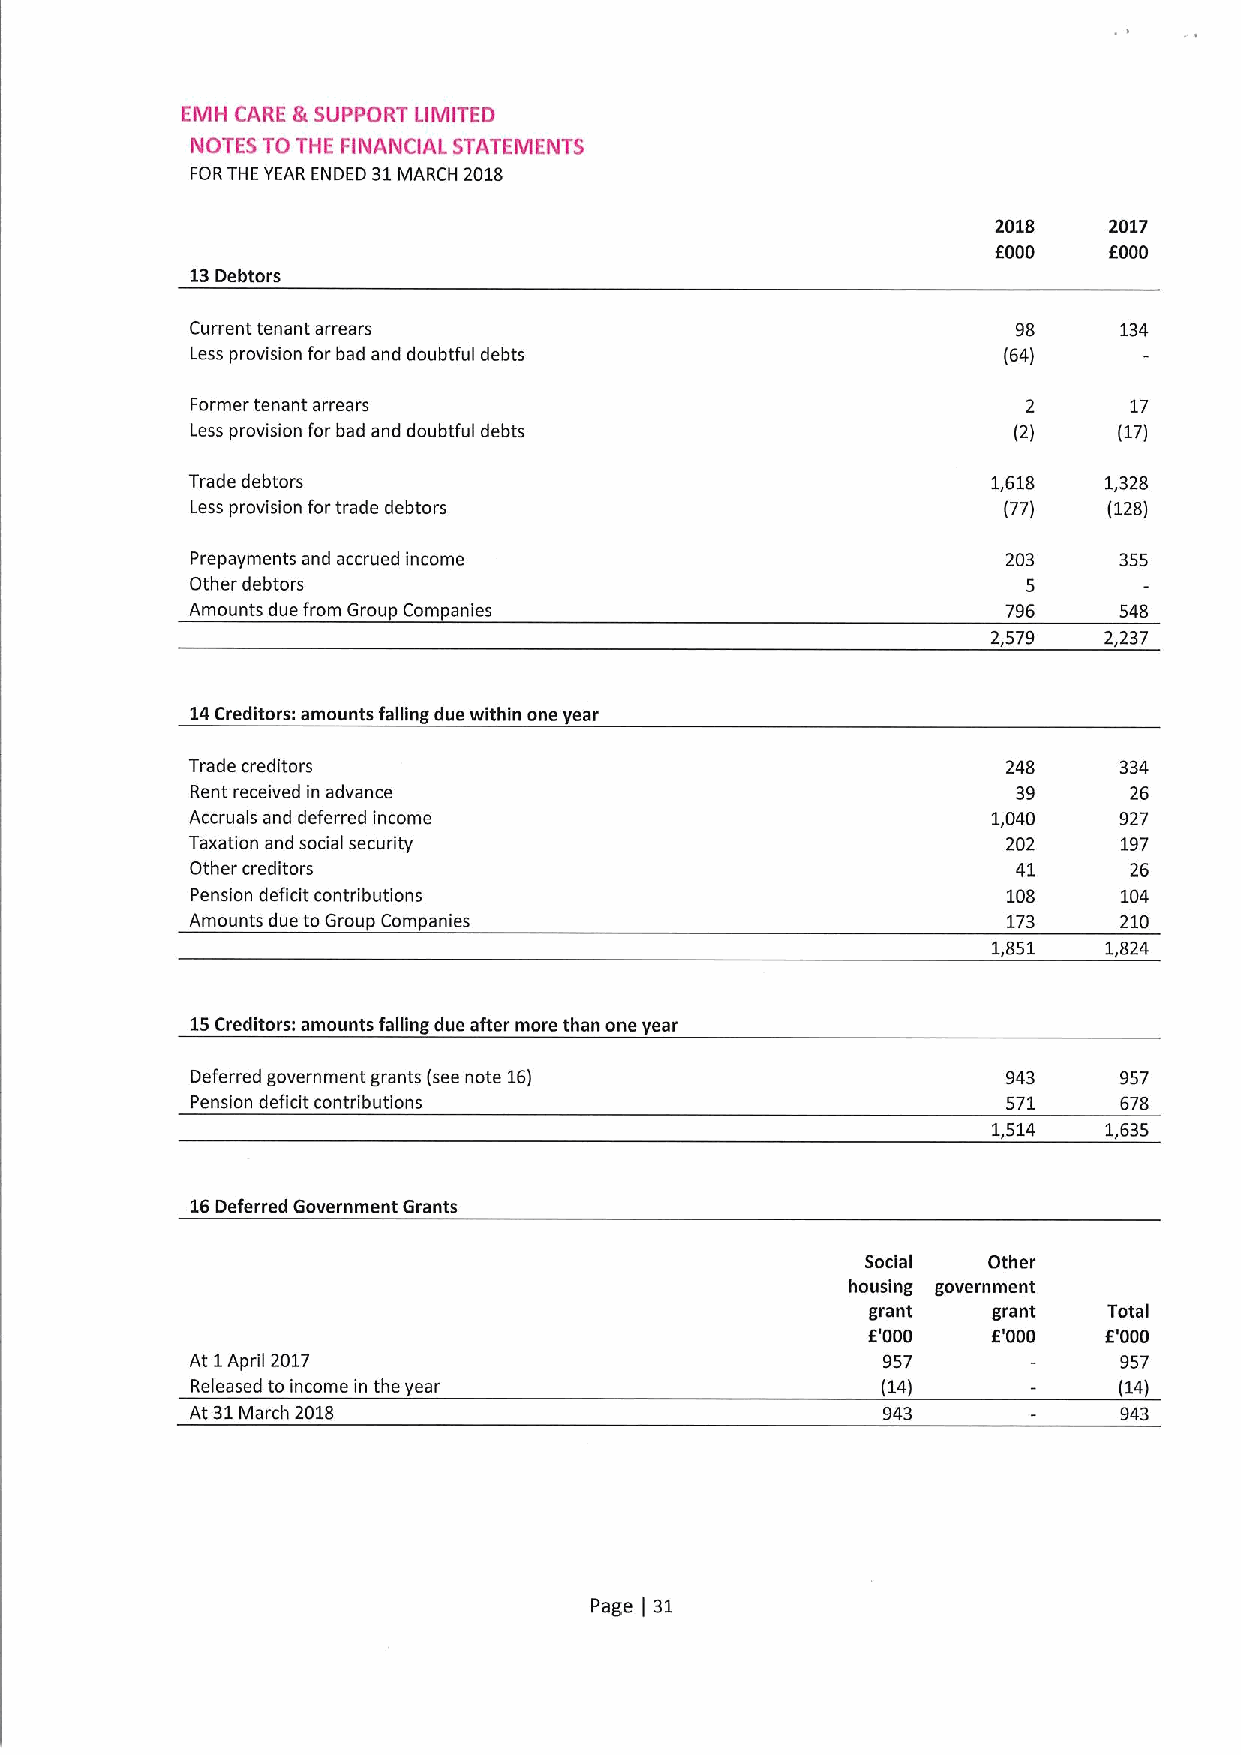
EMH CARE &SUPPORT LIMITED
 NOTES TO THE FINANCIAL STATEMENTS
 FORTHE YEAR ENDED 31MARCH 2018
 2018   2017
 EOOD   EOOO
 13Debtors
 Current tenant arrears                                98     134
 Less provision for bad and doubtful debts            (64)
 Former tenant arrears                                  2      17
 Less provision for bad and doubtful debts             (2)    (17)
 Trade debtors                                        1,618  1,328
 Less provision fortrade debtors                      (77)   (128)
 Prepayments and accrued income                        203    355
 Other debtors                                          5
 Amounts due from Group Companies                      796    548
 2,579  2,237
 14Creditors: amounts falling due within one year
 Trade creditors                                       248    334
 Rent received in advance                              39      26
 Accruals and deferred income                         1,040   927
 Taxation and social security                          202    197
 Other creditors                                       41      26
 Pension deficit contributions                         108    104
 Amounts due to Group Companies                        173    210
 1,851  1,824
 15Creditors: amounts falling due after more than one year
 Deferred government grants (see note 16)              943    957
 Pension deficit contributions                         571    678
 1,514  1,635
 16Deferred Government Grants
 Social  Other
 housing government
 grant   grant  Total
 6'000    6'000  E'000
 At 1April 2017                               957             957
 Released to income in the year               (14)            (14)
 At 31March 2018                              943             943
 Page 31
 )